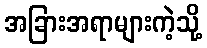
အခြားအရာများကဲ့သို့